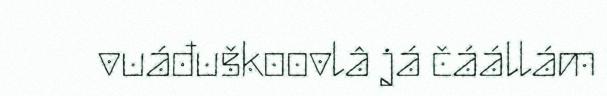
vuáđuškoovlâ já čáállám